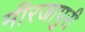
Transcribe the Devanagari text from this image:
मीरजापुरी